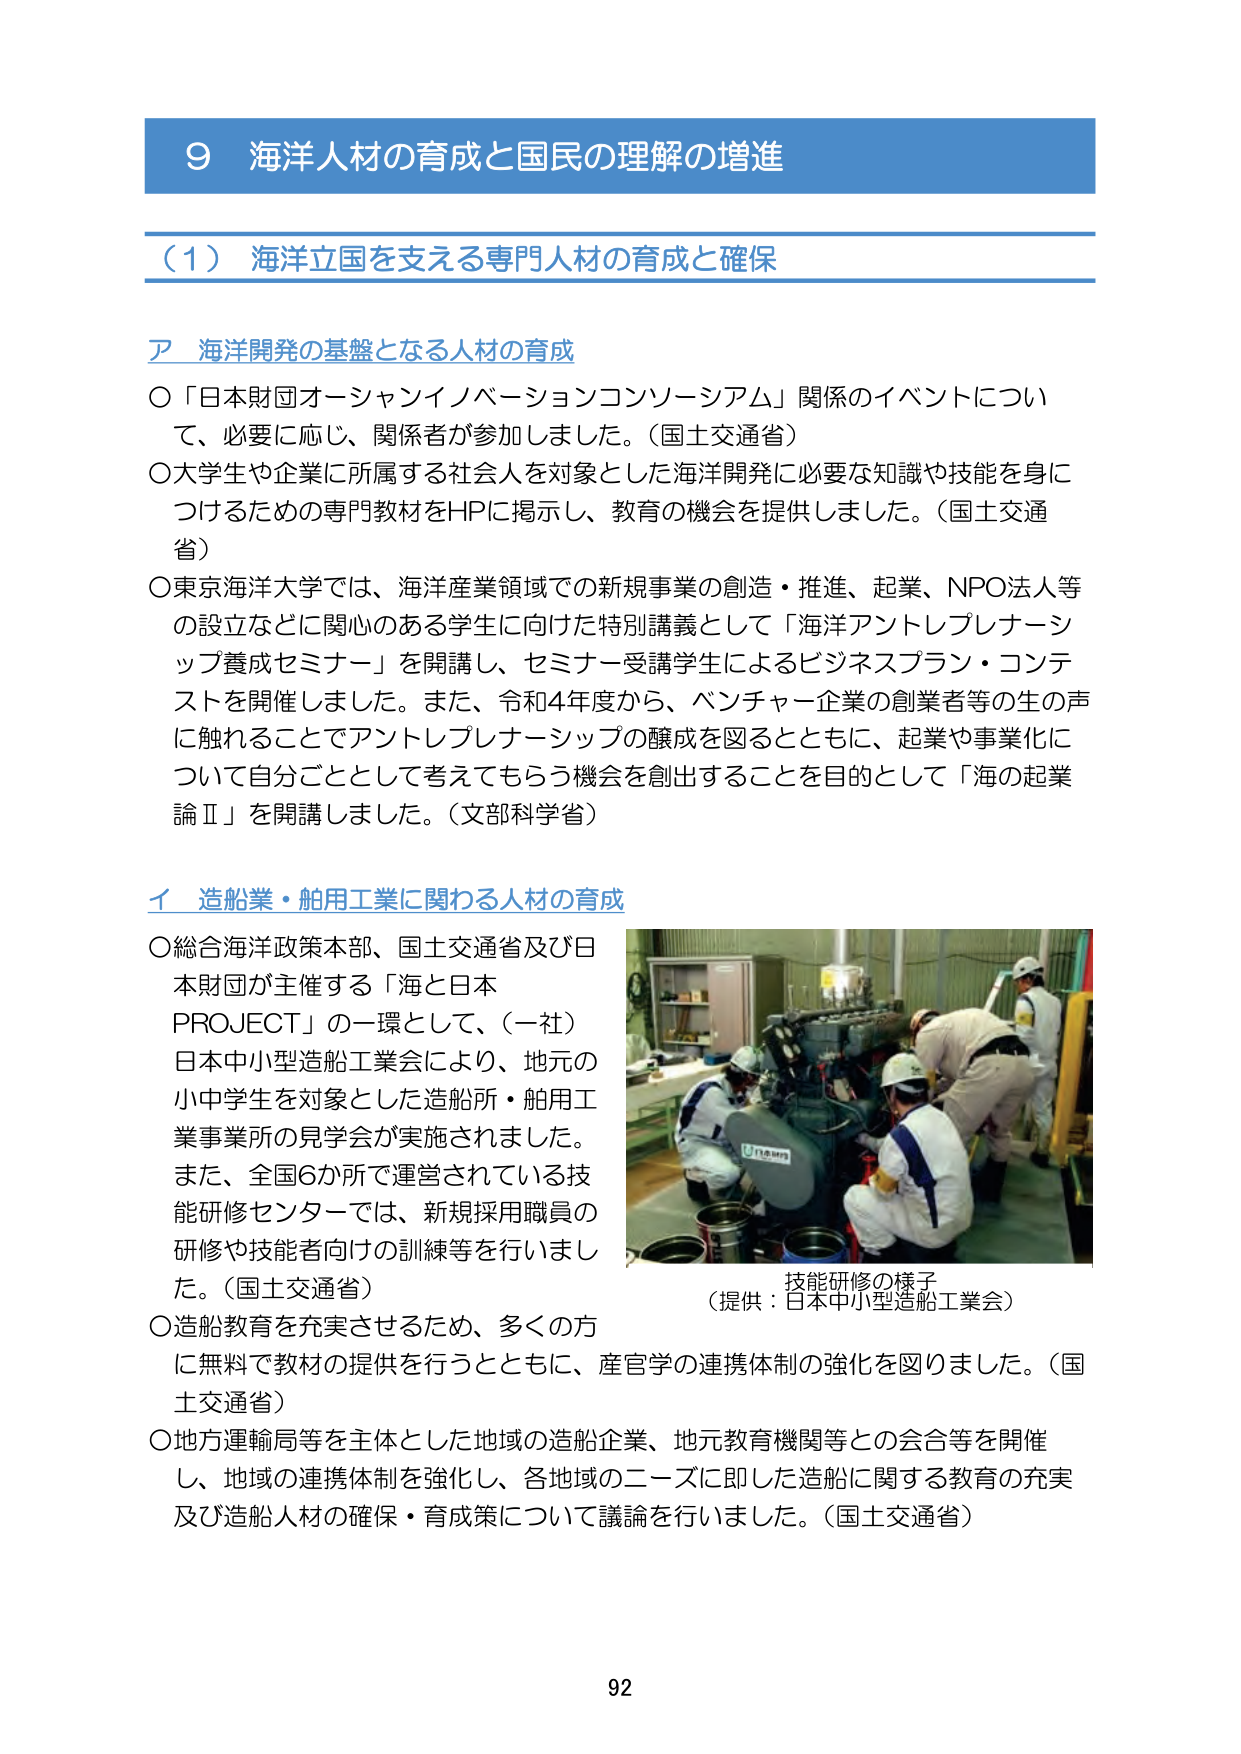
9 海洋人材の育成と国民の理解の増進

（1） 海洋立国を支える専門人材の育成と確保

ア 海洋開発の基盤となる人材の育成

○「日本財団オーシャンイノベーションコンソーシアム」関係のイベントについて、必要に応じ、関係者が参加しました。（国土交通省）

○大学生や企業に所属する社会人を対象とした海洋開発に必要な知識や技能を身につけるための専門教材をHPに掲示し、教育の機会を提供しました。（国土交通省）

○東京海洋大学では、海洋産業領域での新規事業の創造・推進、起業、NPO法人等の設立などに関心のある学生に向けた特別講義として「海洋アントレプレナーシップ養成セミナー」を開講し、セミナー受講学生によるビジネスプラン・コンテストを開催しました。また、令和4年度から、ベンチャー企業の創業者等の生の声に触れることでアントレプレナーシップの醸成を図るとともに、起業や事業化について自分ごととして考えてもらう機会を創出することを目的として「海の起業論Ⅱ」を開講しました。（文部科学省）

イ 造船業・舶用工業に関わる人材の育成

○総合海洋政策本部、国土交通省及び日本財団が主催する「海と日本PROJECT」の一環として、（一社）日本中小型造船工業会により、地元の小中学生を対象とした造船所・舶用工業事業所の見学会が実施されました。また、全国6か所で運営されている技能研修センターでは、新規採用職員の研修や技能者向けの訓練等を行いました。（国土交通省）

○造船教育を充実させるため、多くの方に無料で教材の提供を行うとともに、産官学の連携体制の強化を図りました。（国土交通省）

○地方運輸局等を主体とした地域の造船企業、地元教育機関等との会合等を開催し、地域の連携体制を強化し、各地域のニーズに即した造船に関する教育の充実及び造船人材の確保・育成策について議論を行いました。（国土交通省）

技能研修の様子
（提供：日本中小型造船工業会）

92